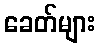
ခေတ်များ